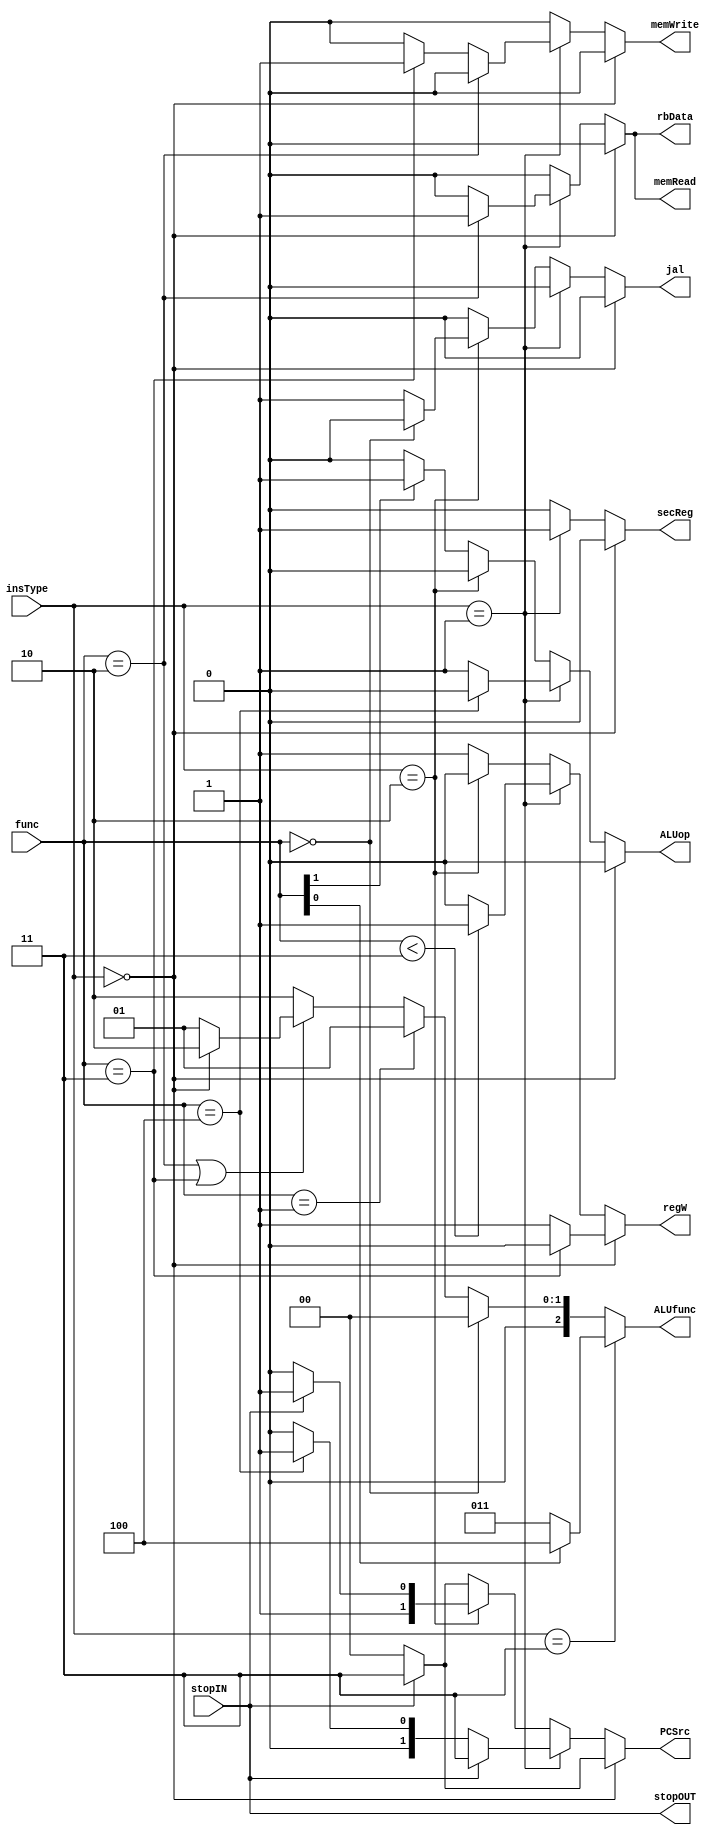
module controlUnit (
  input wire [4:0] func,
  input wire [1:0] insType,
  input wire stopIN,
  output reg [1:0] PCSrc,
  output reg secReg,
  output reg regW,
  output reg ALUop,
  output reg [2:0] ALUfunc,
  output reg jal,
  output reg stopOUT,
  output reg memRead,
  output reg memWrite,
  output reg rbData
);

always @(*) begin
	stopOUT <= stopIN;
	
	if(insType == 2'b00) begin
		if(stopIN==1)
			PCSrc <= 2'b11;
		else
			PCSrc <= 2'b00;
		if(func==5'b00011)
			regW <= 0;
		else
			regW <= 1;
		secReg <=0;
		ALUop <= 0;
		jal <= 0;
		memRead <= 0;
		memWrite <= 0;
		rbData <= 0;
	end
	
	else if(insType == 2'b01)begin
		if(stopIN==1) begin
			PCSrc <= 2'b11;
		end
		else begin
			if(func == 5'b00100)
				PCSrc <= 2'b01;
			else
				PCSrc <= 2'b00;
		end	
		if(func < 5'b00011)
			regW <= 1;
		else
			regW <= 0;
		if(func == 5'b00100)
			ALUop <= 0;
		else
			ALUop <= 1;
		secReg <=1;
		jal <= 0;
		if(func == 5'b00010)begin
			memRead <= 1;
		    memWrite <= 0;
		    rbData <= 1;
		end
		else if(func == 5'b00011)begin
			memRead <= 0;
		    memWrite <= 1;
		    rbData <= 0;
		end
		else begin
			memRead <= 0;
		    memWrite <= 0;
		    rbData <= 0;
		end
	end
		
	else if(insType == 2'b10)begin
		if(stopIN==1)
			PCSrc <= 2'b11;
		else
			PCSrc <= 2'b10;
		secReg <=0;
		regW <= 0;
		if(func == 5'b0)
			jal <= 0;
		else
			jal <= 1;
		ALUop <= 0;
		memRead <= 0;
		memWrite <= 0;
		rbData <= 0;
	end
		
	else begin
		if(stopIN==1)
			PCSrc <= 2'b11;
		else
			PCSrc <= 2'b00;
		secReg <=0;
		regW <= 1;
		if(func[1] == 0)begin
			ALUop <= 0;
		end
		else begin
			ALUop <= 1;
		end
		jal <= 0;
		memRead <= 0;
		memWrite <= 0;
		rbData <= 0;
	end
	
	
	if(insType == 2'b11)begin
		if(func[0] == 0)
			ALUfunc <= 3'b011;
		else
			ALUfunc <= 3'b100;
	end
	else begin
		if(func == 5'b0)begin
			ALUfunc <= 3'b000;
		end
		else if(func == 5'b00001)begin
			ALUfunc <= 3'b001;
		end
		else if(func == 5'b00010 || func == 5'b00011)begin
			if(insType == 2'b00)
				ALUfunc <= 3'b010;
			else
				ALUfunc <= 3'b001;
		end
		else begin 
			ALUfunc <= 3'b010;
		end
	end
	
end

endmodule